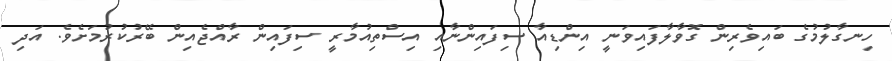
ހިނގާލުމުގެ ބައިވެރިން ގޮވާލާފައިވަނީ އިންޑިއާ ސިފައިންނާއި އިސްތިއުމާރީ ސިފައިން ރާއްޖެއިން ބޭރުކުރުމަށެވެ. އަދި